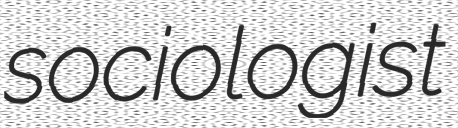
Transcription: sociologist